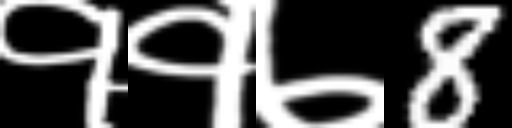
Text: ११७8